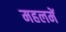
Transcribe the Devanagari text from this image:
महलमें